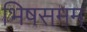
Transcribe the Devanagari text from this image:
भिषसमम्